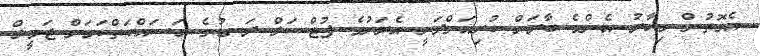
އެގޮތުން މިހާރު އެންމެ ބާރަށް ކުރިއަށްދަނީ އެރަށުގެ ފުޓްސަލް ދަނޑުގެ މަސައްކަތްކަމަށް ޖަމީލް